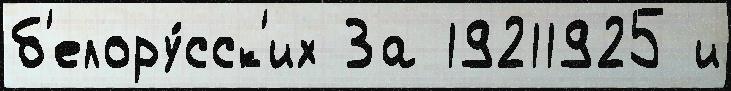
б'елору́сск'их За 19211925 и